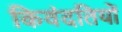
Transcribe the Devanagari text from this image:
किवंदतियों